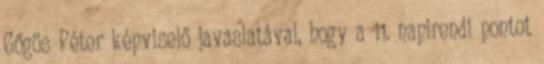
Gőgös Péter képviselő javaslatával, hogy a 11. napirendi pontot